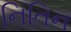
નિતિન